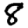
Digit: 8